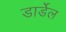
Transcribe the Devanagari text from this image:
डार्डेल